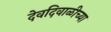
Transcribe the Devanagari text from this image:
देवदिवाळीच्या